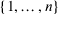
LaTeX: \{ 1 , \ldots , n \}